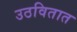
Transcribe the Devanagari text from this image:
उठवितात